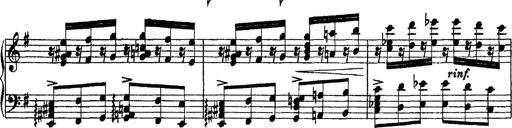
Title: Morceau de Salon
Composer: Josef Adalbert Pacher
Key: D-flat major